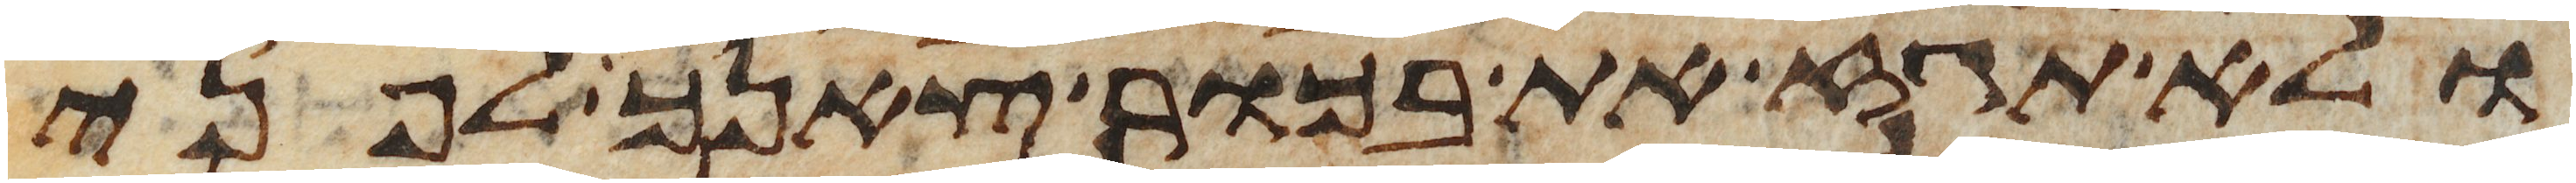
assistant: ולא תגז את בכור צאנך לפני